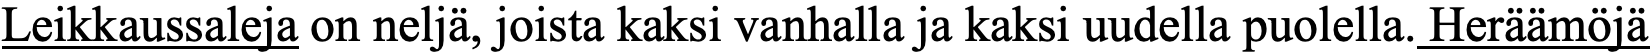
Leikkaussaleja on neljä, joista kaksi vanhalla ja kaksi uudella puolella. Heräämöjä